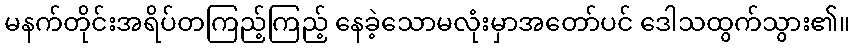
မနက်တိုင်းအရိပ်တကြည့်ကြည့် နေခဲ့သောမလုံးမှာအတော်ပင် ဒေါသထွက်သွား၏။